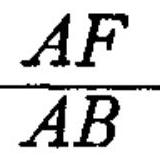
\(\frac{AF}{AB}\)